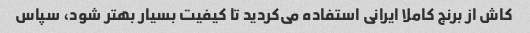
کاش از برنج کاملا ایرانی استفاده می‌کردید تا کیفیت بسیار بهتر شود، سپاس